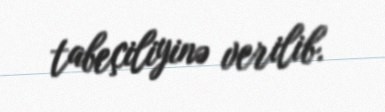
tabeçiliyinə verilib.